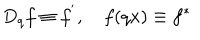
D _ { q } f \equiv f ^ { ^ { \prime } } , \quad f ( q x ) \equiv f ^ { \ast }